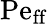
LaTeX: \mathrm{Pe_{ff}}